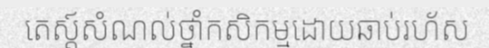
តេស្ត៍សំណល់ថ្នាំកសិកម្មដោយឆាប់រហ័ស